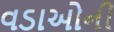
વડાઓની